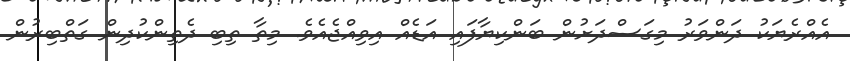
އެއްރެޔަކު ދަންވަރު މިގަސްދަށުން ބަންކިޔާފައި އަޑެއް އިވިއްޖެއެވެ. މިތާ ތިބި ދެތިންކުދިން ގަތްބިރުން